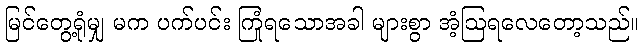
မြင်တွေ့ရုံမျှ မက ပက်ပင်း ကြုံရသောအခါ များစွာ အံ့ဩရလေတော့သည်။